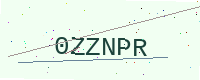
Text: 0ZZNPR